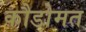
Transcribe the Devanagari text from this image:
कौडोमत